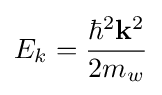
E_{k}={\frac {\hbar ^{2}\mathbf {k} ^{2}}{2m_{w}}}